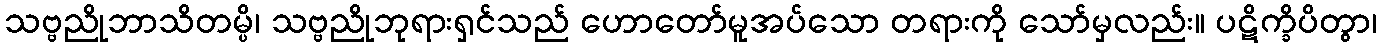
သဗ္ဗညိုဘာသိတမ္ပိ၊ သဗ္ဗညိုဘုရားရှင်သည် ဟောတော်မူအပ်သော တရားကို သော်မှလည်း။ ပဋိက္ခိပိတွာ၊